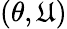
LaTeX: (\theta,\mathfrak{U})